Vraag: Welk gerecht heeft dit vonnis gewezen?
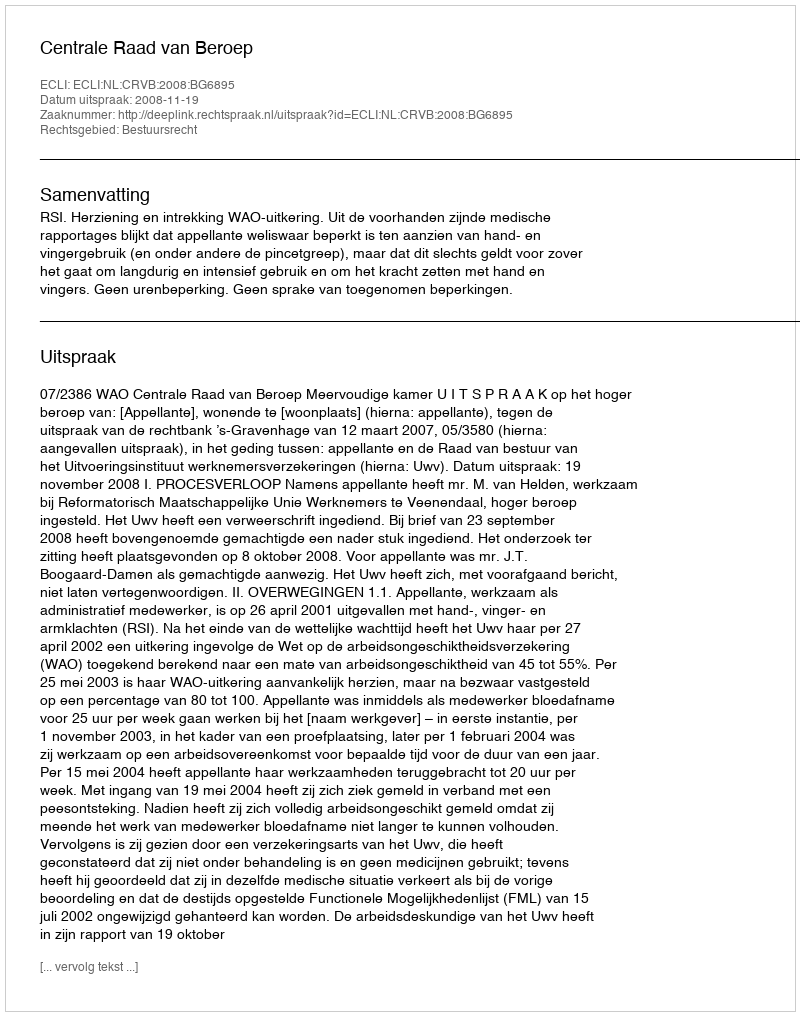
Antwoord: Centrale Raad van Beroep